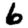
Digit: 6